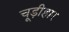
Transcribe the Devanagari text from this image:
चूड़ीहार